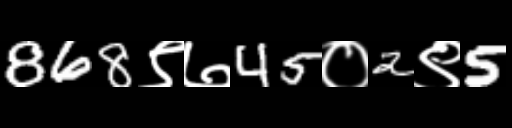
Text: 868९७45०2९5